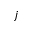
j